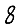
Digit: 8